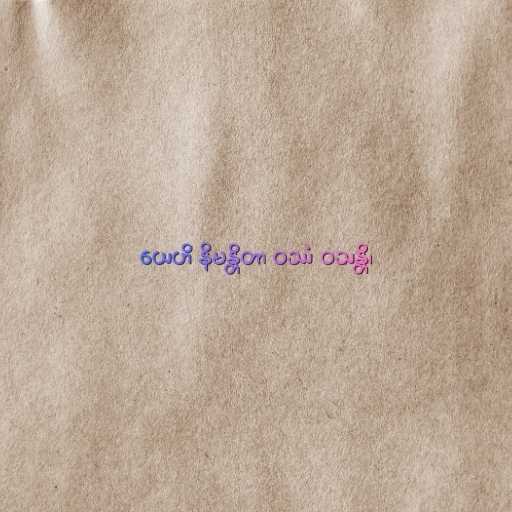
ယေဟိ နိမန္တိတာ ဝဿံ ဝသန္တိ၊